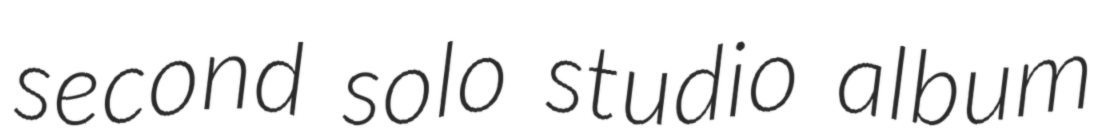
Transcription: second solo studio album